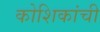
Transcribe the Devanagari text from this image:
कोशिकांची